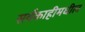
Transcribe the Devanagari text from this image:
सर्वकाहीमधील